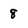
Character: 8